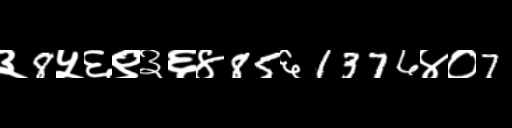
Text: ३8५६९३६४85६1376४०7